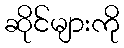
ဆိုင်များကို